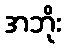
အဘိုး